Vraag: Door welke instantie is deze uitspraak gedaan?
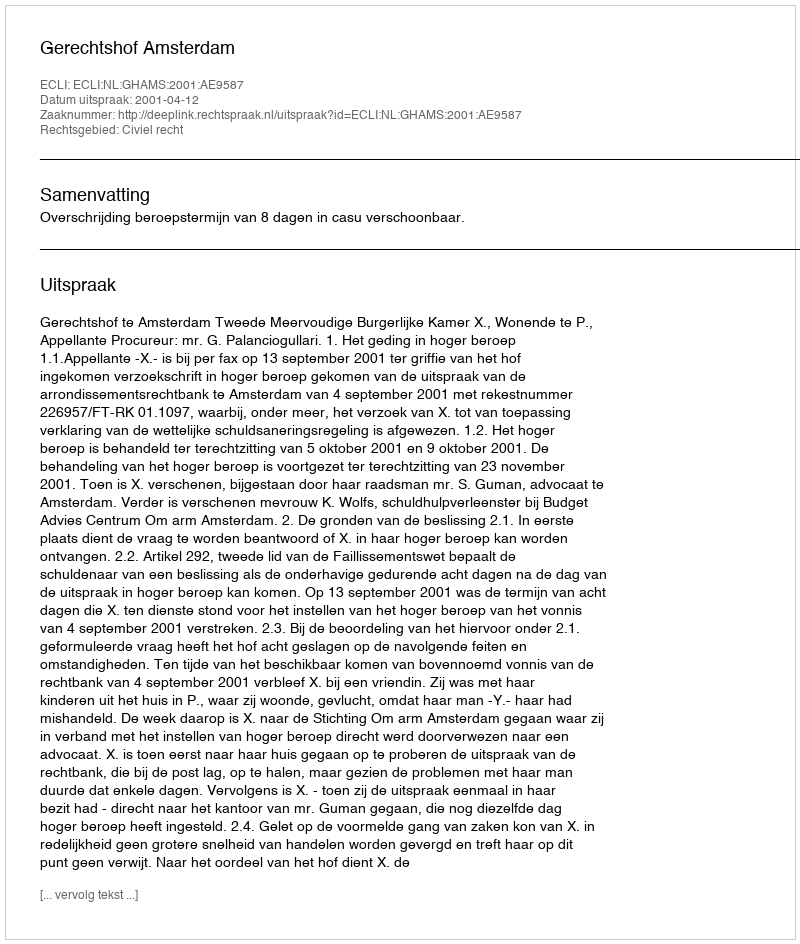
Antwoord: Gerechtshof Amsterdam